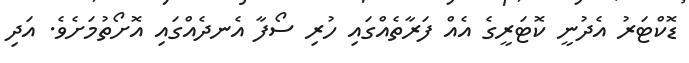
ޑޮކްޓަރު އެދުނީ ކޮޓަރީގެ އެއް ފަރާތެއްގައި ހުރި ސޯފާ އެނދެއްގައި އޮށޯތުމަށެވެ. އަދި